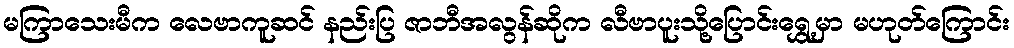
မကြာသေးမီက လေဗာကူဆင် နည်းပြ ဇာဘီအလွန်ဆိုက လီဗာပူးသို့ပြောင်းရွှေ့မှာ မဟုတ်ကြောင်း